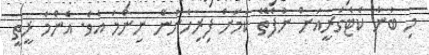
މި ބުނާ ކެޓެގަރީއަށް ނުފެތޭ ކަމަށް ފިރިހެނުން ނިންމަ އެވެ. އެންމެ ރީތީ